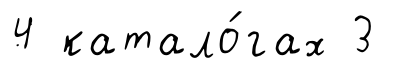
4 катало́гах 3